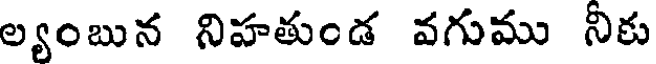
ల్యంబున నిహతుండ వగుము నీకు